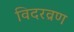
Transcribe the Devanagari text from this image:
विदरव्रण